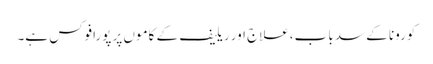
کورونا کے سدبا ب،علاج اور ریلیف کے کاموں پر پورافوکس ہے۔